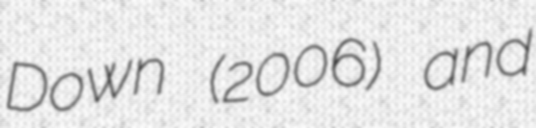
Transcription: Down (2006) and